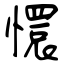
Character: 懁